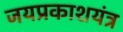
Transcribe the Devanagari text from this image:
जयप्रकाशयंत्र